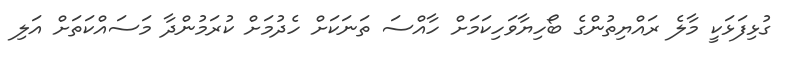
ގުޅިފަޅަކީ މާލެ ރައްޔިތުންގެ ބޯހިޔާވަހިކަމަށް ހާއްސަ ތަނަކަށް ހެދުމަށް ކުރަމުންދާ މަސައްކަތަށް އަލި